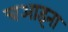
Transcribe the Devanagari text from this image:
चआइना